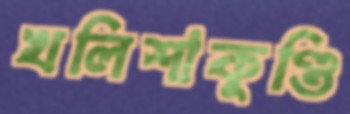
খলিশাকুণ্ডি